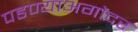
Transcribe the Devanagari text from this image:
पडण्याअगोदर